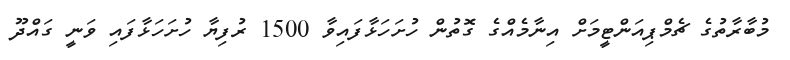
މުބާރާތުގެ ޗެމްޕިއަންޓީމަށް އިނާމެއްގެ ގޮތުން ހުށަހަޅާފައިވާ 1500 ރުފިޔާ ހުށަހަޅާފައި ވަނީ ގައްދޫ